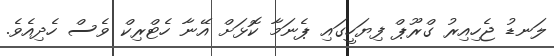
ލަނޑު ޖެހިއިރު ގްރޫޕް ފިޔަހީގައި ޕެނަމާ ކޮޅަށް އޭނާ ހެޓްރިކް ވެސް ހެދިއެވެ.